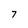
Character: 7